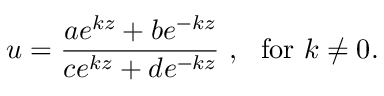
u = \frac { a e ^ { k z } + b e ^ { - k z } } { c e ^ { k z } + d e ^ { - k z } } ~ , ~ \mathrm { ~ f o r ~ } k \neq 0 .